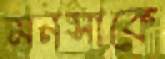
মনসাকে